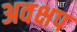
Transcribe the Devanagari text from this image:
अवक्षप